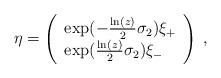
LaTeX: \begin{align*}\eta =\left(\begin{array}{l}\exp (-\frac{\ln (z)}{2}\sigma _{2})\xi _{+} \\\exp (\frac{\ln (z)}{2}\sigma _{2})\xi _{-}\end{array}\right) \;,\end{align*}